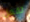
تفعل